Vaccination in Bombay 1856-1862 - 1856-1862
Year: 1856
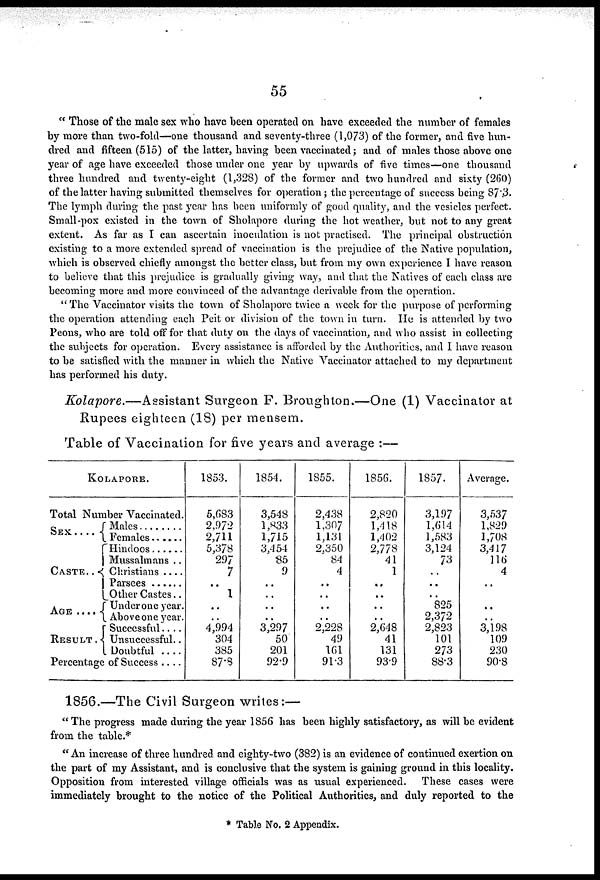
55
" Those of the male sex who have been operated on have exceeded the number of females
by more than two-fold—one thousand and seventy-three (1,073) of the former, and five hun-
dred and fifteen (515) of the latter, having been vaccinated; and of males those above one
year of age have exceeded those under one year by upwards of five times—one thousand
three hundred and twenty-eight (1,328) of the former and two hundred and sixty (260)
of the latter having submitted themselves for operation ; the percentage of success being 87.3.
The lymph during the past year has been uniformly of good quality, and the vesicles perfect.
Small-pox existed in the town of Sholapore during the hot weather, but not to any great
extent. As far as I can ascertain inoculation is not practised. The principal obstruction
existing to a more extended spread of vaccination is the prejudice of the Native population,
which is observed chiefly amongst the better class, but from my own experience I have reason
to believe that this prejudice is gradually giving way, and that the Natives of each class are
becoming more and more convinced of the advantage derivable from the operation.
" The Vaccinator visits the town of Sholapore twice a week for the purpose of performing
the operation attending each Peit or division of the town in turn. He is attended by two
Peons, who are told off for that duty on the days of vaccination, and who assist in collecting
the subjects for operation. Every assistance is afforded by the Authorities, and I have reason
to be satisfied with the manner in which the Native Vaccinator attached to my department
has performed his duty.
Kolapore.—Assistant
Surgeon F. Broughton.—One (1) Vaccinator at
Rupees eighteen (18) per mensem.
Table of Vaccination for five years and average :—
KOLAPORE.
Total Number Vaccinated.
SEX . . . .
CASTE . .
AGE . . .
RESULT.
Males . . . . .
Females . . . .
Hindoos . . . .
Mussalmans . .
Christians . . .
Parsees . . . .
Other Castes. .
Under one year.
Above one year.
Successful . . .
Unsuccessful . .
Doubtful . . .
Percentage of Success . . . .
1853.
5,683
2,972
2,711
5,378
297
7
..
1
..
.. 4,994
304
385
87.8
1854.
3,548
1,833
1,715
3,454
85
9
..
..
..
.. 3,297
50
201
92.9
1855.
2,438
1,307
1,131
2,350
84
4
..
..
..
.. 2,228
49
161
91.3
1856.
2,820
1,418
1,402
2,778
41
1
..
..
..
.. 2,648
41
131
93.9
1857.
3,197
1,614
1,583
3,124
73
..
..
..
825
2,372
2,823
101
273
88.3
Average.
3,537
1,829
1,708
3,417
116
4
..
..
..
3,198
109
230
90.8
1856.—The Civil Surgeon writes:—
" The progress made during the year 1856 has been highly satisfactory, as will be evident
from the table.*
" An increase of three hundred and eighty-two (382) is an evidence of continued exertion on
the part of my Assistant, and is conclusive that the system is gaining ground in this locality.
Opposition from interested village officials was as usual experienced.
These cases were
immediately brought to the notice of the Political Authorities, and duly reported to the
* Table No. 2 Appendix.